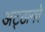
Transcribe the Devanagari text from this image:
अट्‍ठानवे